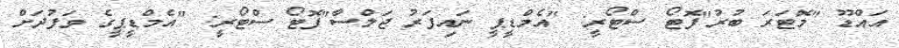
އައްޑޫ "މޮޓަރަ ބުރު"ފޮޓޯ ސްޓޯރީ: "އެމްޑީޕީ ނައިފަރު ޖަލްސާ"ފޮޓޯ ސްޓޯރީ: "އެމްޑީޕީގެ ވަފުދަށް